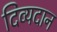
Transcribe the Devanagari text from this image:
दिव्यदान